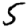
Digit: 5